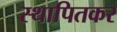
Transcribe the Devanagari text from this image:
स्थापितकर